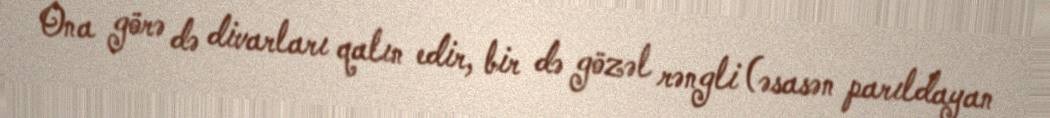
Ona görə də divarları qalın edir, bir də gözəl rəngli (əsasən parıldayan